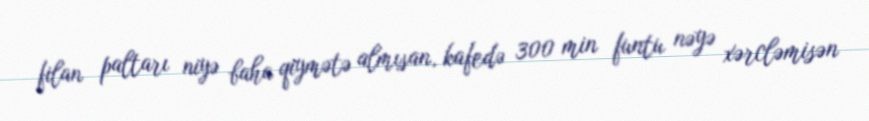
filan paltarı niyə baha qiymətə almısan, kafedə 300 min funtu nəyə xərcləmisən